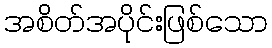
အစိတ်အပိုင်းဖြစ်သော